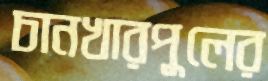
চানখারপুলের